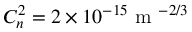
C _ { n } ^ { 2 } = 2 \times 1 0 ^ { - 1 5 } \mathrm { ~ m ~ } ^ { - 2 / 3 }